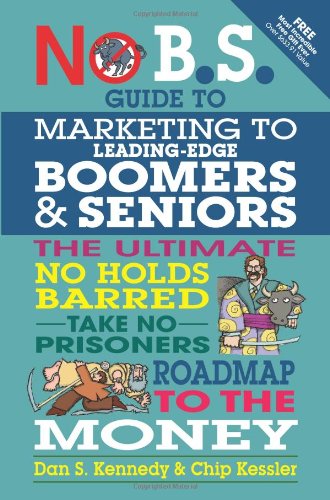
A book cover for No B.S. Guide to Marketing to Leading Edge Boomers & Seniors: The Ultimate No Holds Barred Take No Prisoners Roadmap to the Money; Dan S. Kennedy; Business & Money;